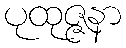
ပုထုဇ္ဇနာ